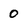
Character: 0